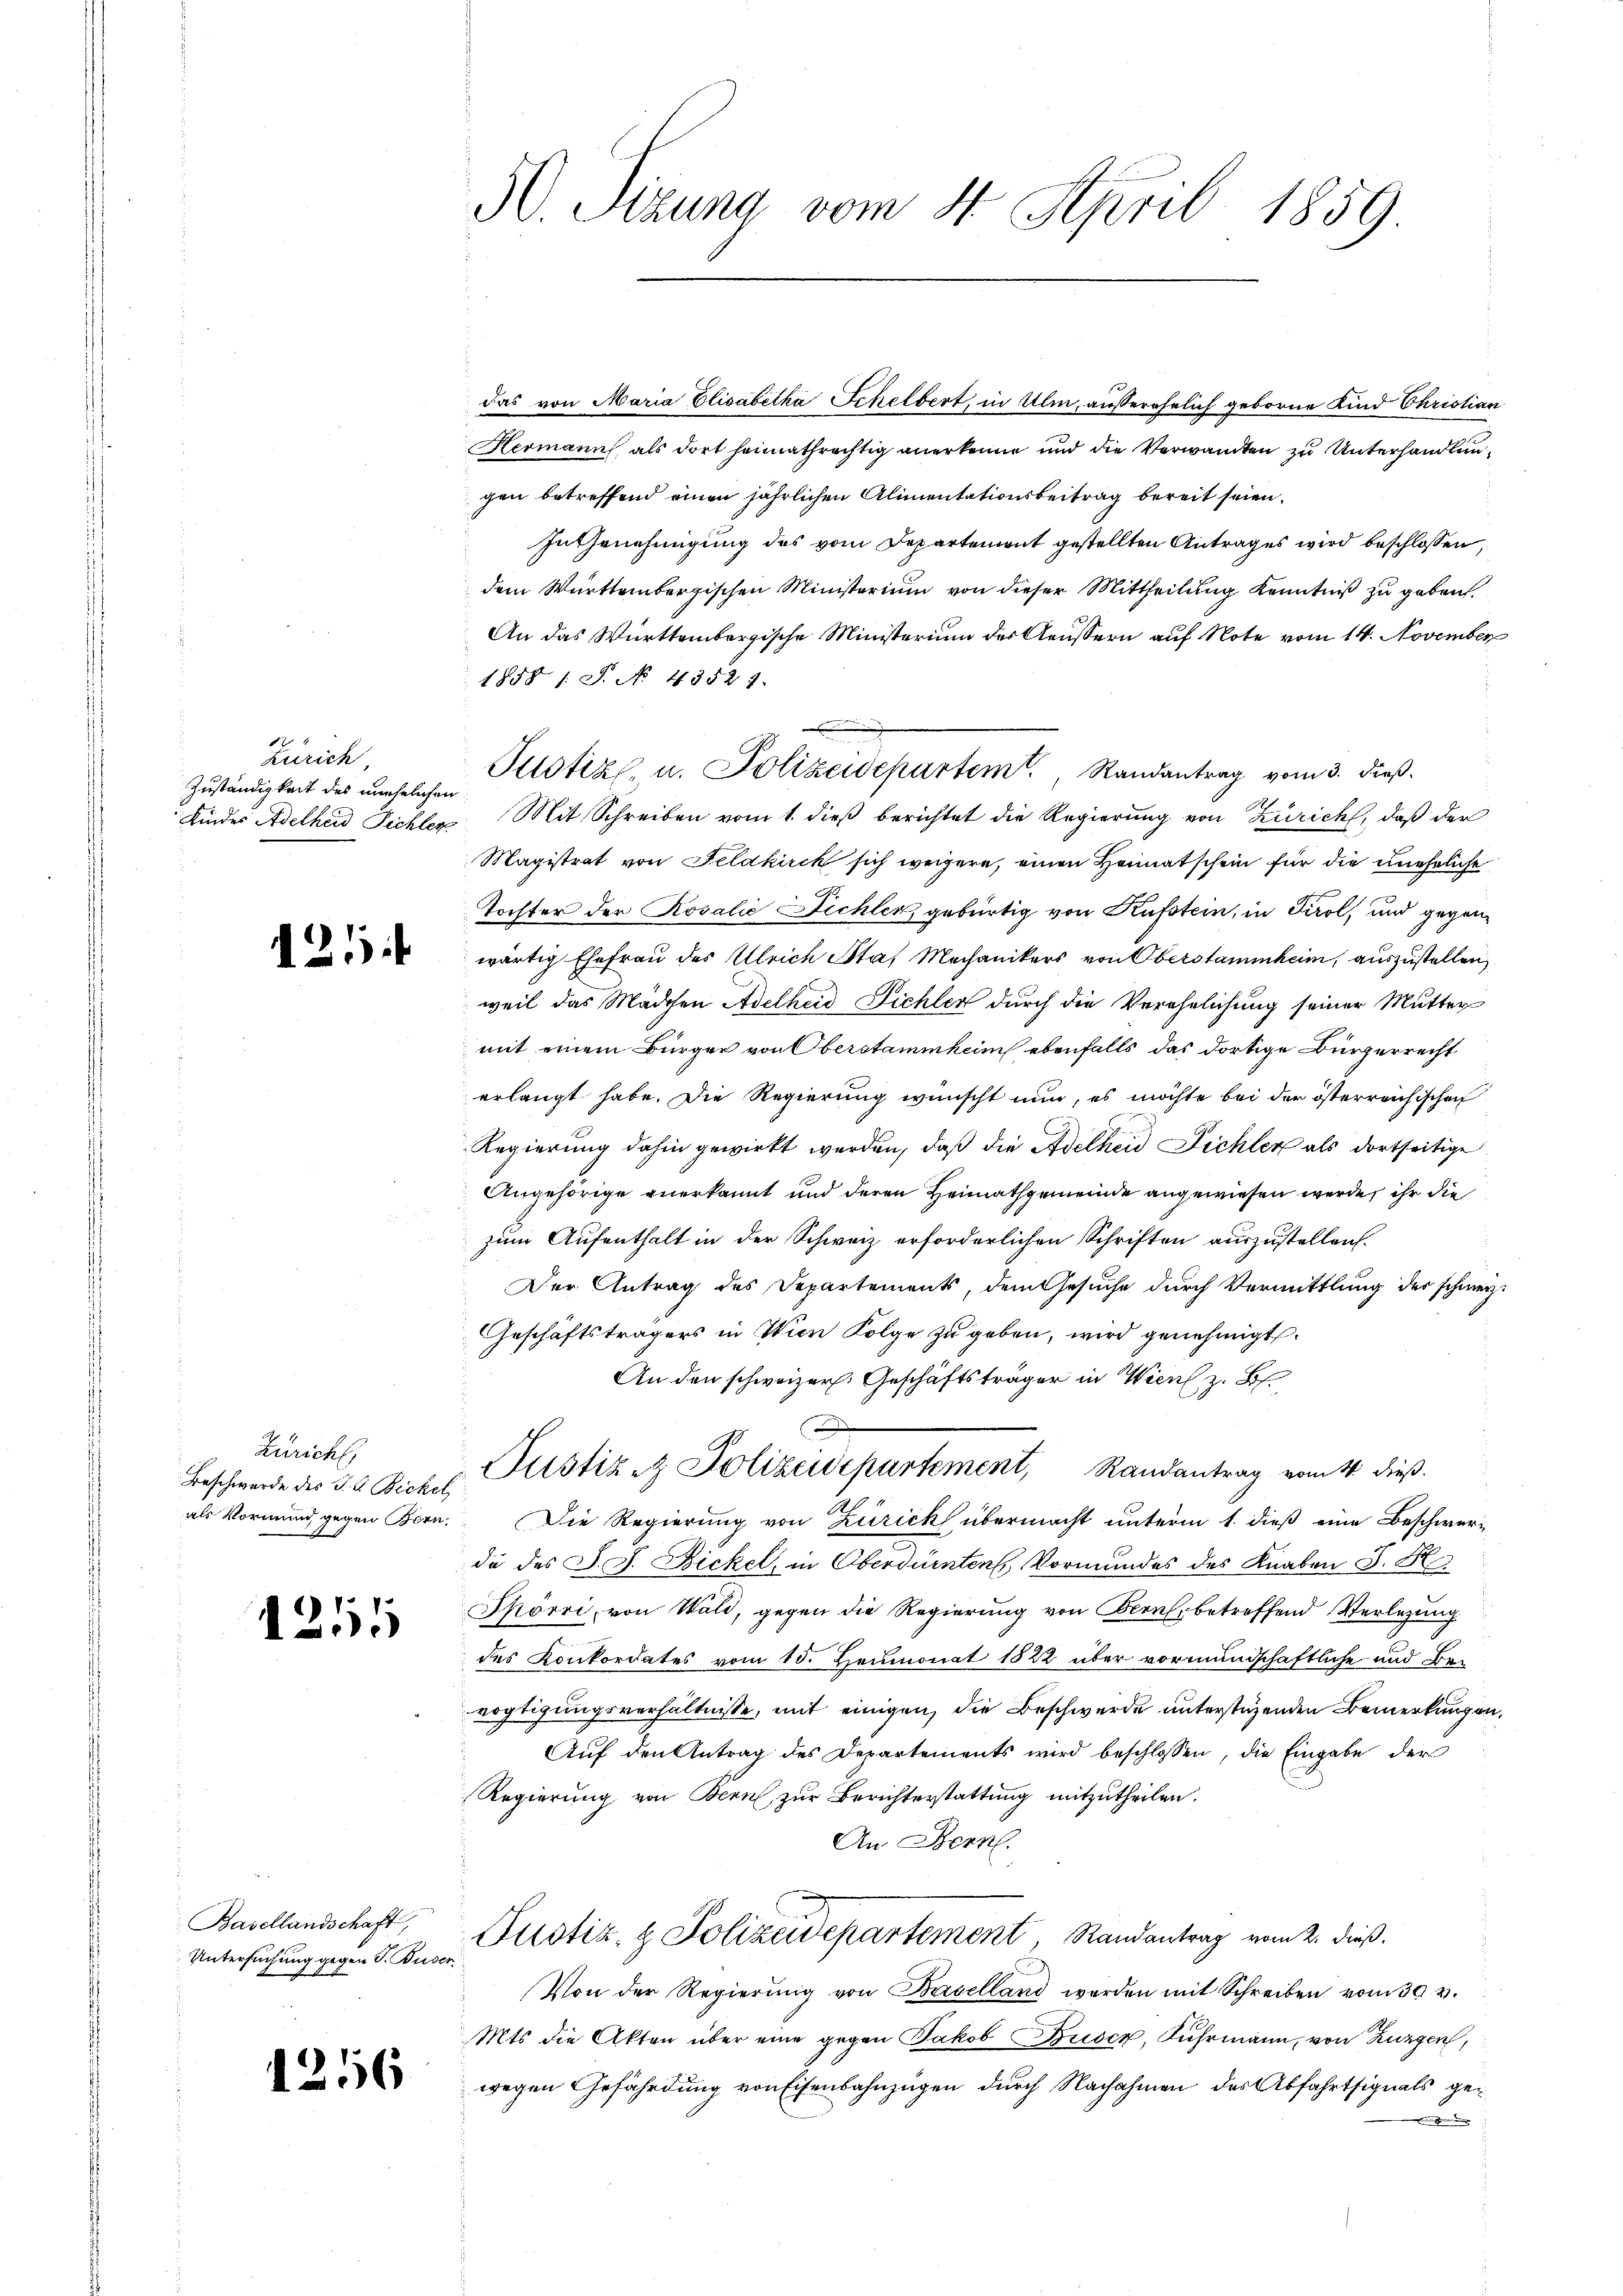
Zürich,
Zuständigkeit des unehelichen
Kindes Adelheid Pichler

121

Züricht,
Beschwerde des J. J. Bickel
als Vormund gegen Bern.

1251

Basellandschaft,
Untersuchung gegen S. Buser

1256

5. Tizung vom 4. April 1859

das von Maria Elisabetha Schelbert, in Ulm, außerehelich geborne Kind Christian
Hermann, als dort heimathrechtig anerkenne und die Verwandten zu Unterhandlungen betreffend einen jährlichen Alimentationsbeitrag bereit seien.
In Genehmigung des vom Departement gestellten Antrages wird beschlossen,
dem Württembergischen Ministerium von dieser Mittheilung Kenntniß zu geben,
An das Württembergische Ministerium des Aeussern auf Note vom 14. November
1858 1 S. No. 43521.
Pustiz u. Polizeidepartem Randantrag vom 3. dieß.
Mit Schreiben vom 1. dieß berichtet die Regierung von Zürich, daß der
Magistrat von Feldkick sich weigere, einen Heimatschein für die uneheliche
Tochter der Rosalie Dichler, gebürtig von Kufstein, in Tirol, und gegenwärtig Ehefrau des Ulrich Staf Mechanikers von Oberstammheim, auszustellen
weil das Mädchen Adelheid Pichler durch die Verehelichung seiner Mutter
mit einem Bürger von Oberstammheim ebenfalls das dortige Bürgerrecht
erlangt habe. Die Regierung wünscht nun, es möchte bei der österreichischen
Regierung dahin gewirkt werden, daß die Adelheid Pichler als dortseitige
Angehörige anerkannt und deren Heimathgemeinde angewiesen werde, ihr die
zum Aufenthalt in der Schweiz erforderlichen Schriften auszustellen.
Der Antrag des Departements, dem Gesuche durch Vermittlung des schweiz.
Geschäftsträgers in Wien Folge zu geben, wird genehmigt.
An den schweizer. Geschäftsträger in Wien z. B.
D
Justiz & Polizeidepartement, Randantrag vom 14. dieß.
Die Regierung von Zürich übermacht unterm 1. dieß eine Beschwerde des J. J. Bickel, in Oberdürnten Vormundes des Knaben S. R.
Thörri, von Wald, gegen die Regierung von Bern, betreffend Verlegung
des Konkordates vom 10. Heumonat 1822 über vormundschaftliche und Bevogtigungsverhältnisse, mit einigen, die Beschwerde unterstüzenden Bemerkungen,
Auf den Antrag des Departements wird beschlossen, die Eingabe der
Regierung von Bern, zur Berichterstattung mitzutheilen.
An Bern.
Justiz- & Polizeidepartement, Randantrag vom 2. dieß.
Von der Regierŭng von Baselland werden mit Schreiben vom 30. v.
Mts die Akten über eine gegen Jakob Briser, Fuhrmann, von Zungen,
wegen Gefährdung von Eisenbahnzügen durch Nachahmen des Abfahrtsignals ge¬